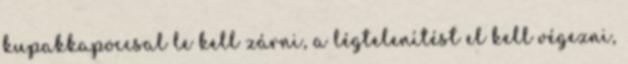
kupakkapoccsal le kell zárni, a légtelenítést el kell végezni,